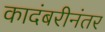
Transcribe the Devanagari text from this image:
कादंबरीनंतर